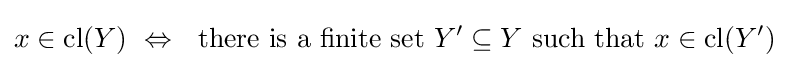
x\in \operatorname {cl} (Y)\ \Leftrightarrow \ {\text{ there is a finite set }}Y'\subseteq Y{\text{ such that }}x\in \operatorname {cl} (Y')